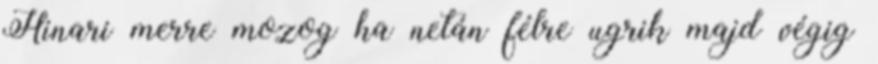
Hinari merre mozog ha netán félre ugrik majd végig